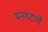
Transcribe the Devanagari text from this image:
मनगटाचे